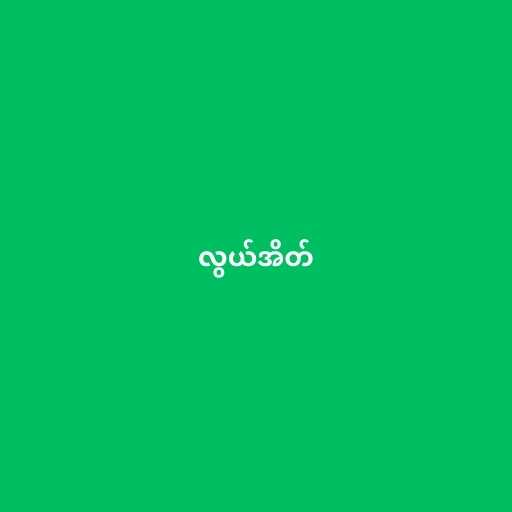
လွယ်အိတ်